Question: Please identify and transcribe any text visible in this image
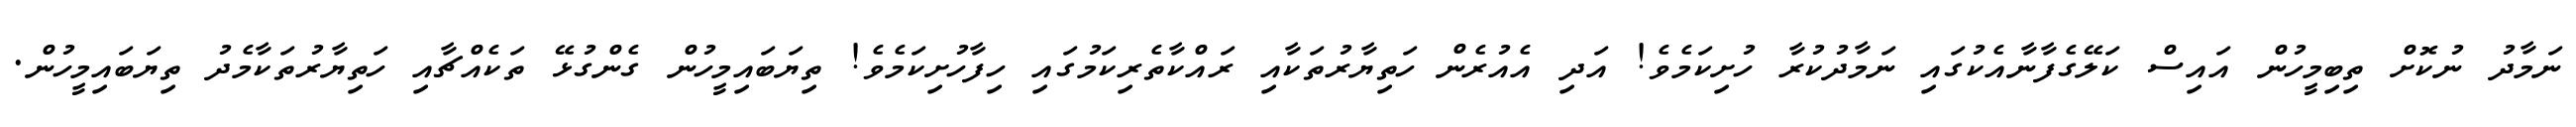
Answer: ނަމާދު ނުކޮށް ތިބިމީހުން އައިސް ކަލޭގެފާނާއެކުގައި ނަމާދުކުރާ ހުށިކަމެވެ! އަދި އެއުރެން ހަތިޔާރުތަކާއި ރައްކާތެރިކަމުގައި ހިފާހުށިކަމެވެ! ތިޔަބައިމީހުން ގެންގުޅޭ ތަކެއްޗާއި ހަތިޔާރުތަކާމެދު ތިޔަބައިމީހުން.